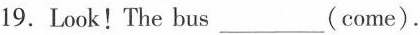
19.Look!The bus ___ (come).